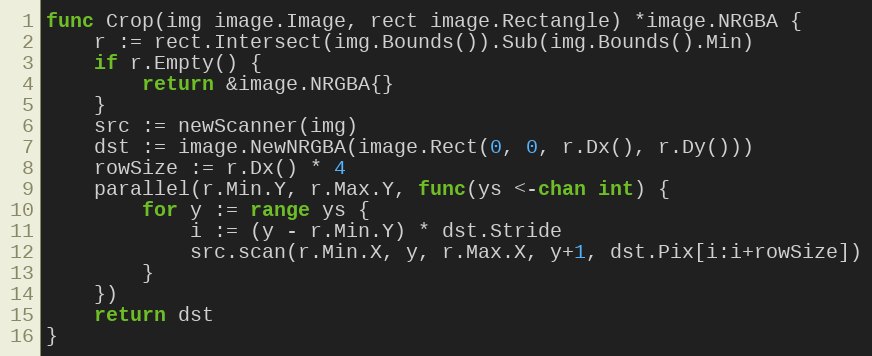
Language: Go
func Crop(img image.Image, rect image.Rectangle) *image.NRGBA {
	r := rect.Intersect(img.Bounds()).Sub(img.Bounds().Min)
	if r.Empty() {
		return &image.NRGBA{}
	}
	src := newScanner(img)
	dst := image.NewNRGBA(image.Rect(0, 0, r.Dx(), r.Dy()))
	rowSize := r.Dx() * 4
	parallel(r.Min.Y, r.Max.Y, func(ys <-chan int) {
		for y := range ys {
			i := (y - r.Min.Y) * dst.Stride
			src.scan(r.Min.X, y, r.Max.X, y+1, dst.Pix[i:i+rowSize])
		}
	})
	return dst
}